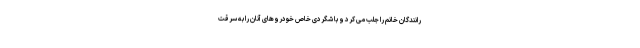
رانندگان خانم را جلب می کرد و با شگردی خاص خودروهای آنان را به سرقت